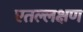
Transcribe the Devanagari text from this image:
एतल्लक्षण